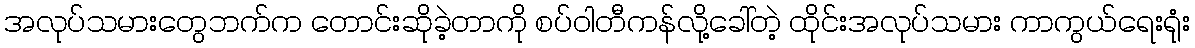
အလုပ်သမားတွေဘက်က တောင်းဆိုခဲ့တာကို စပ်ဝါတီကန်လို့ခေါ်တဲ့ ထိုင်းအလုပ်သမား ကာကွယ်ရေးရုံး